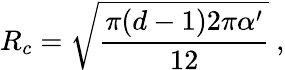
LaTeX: R_{c}=\sqrt{{\frac{\pi(d-1)2\pi\alpha^{\prime}}{12}}}\ ,